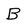
Character: B